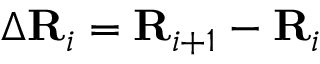
\Delta \mathbf { R } _ { i } = \mathbf { R } _ { i + 1 } - \mathbf { R } _ { i }